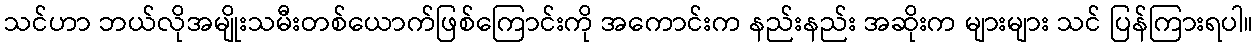
သင်ဟာ ဘယ်လိုအမျိုးသမီးတစ်ယောက်ဖြစ်ကြောင်းကို အကောင်းက နည်းနည်း အဆိုးက များများ သင် ပြန်ကြားရပါ။